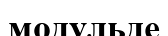
модульде